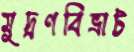
মুদ্রণবিভ্রাট